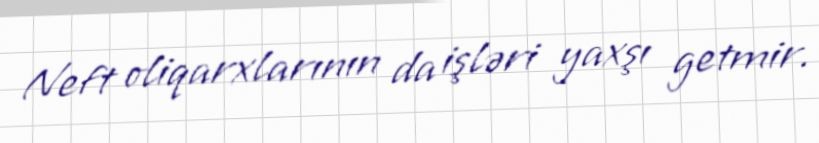
Neft oliqarxlarının da işləri yaxşı getmir.